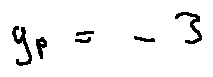
y _ { p } = - 3